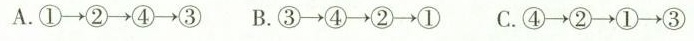
A.①→②→④→③ B.③→④→②→①